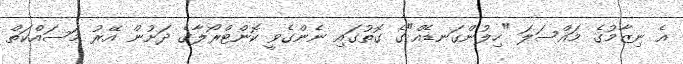
އެ ނިޒާމުގެ މައްސަލަ "ހިލުންގަނޑެއް"ގެ ގޮތުގައި ނެންގެވީ ކޮންޓްރޯލާގެ ދަށުން އޭރު މަސައްކަތް